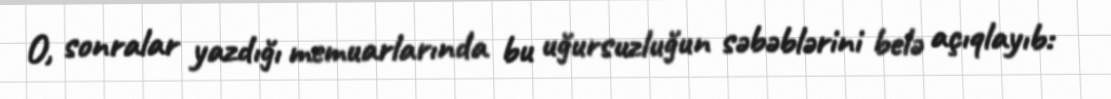
O, sonralar yazdığı memuarlarında bu uğursuzluğun səbəblərini belə açıqlayıb: